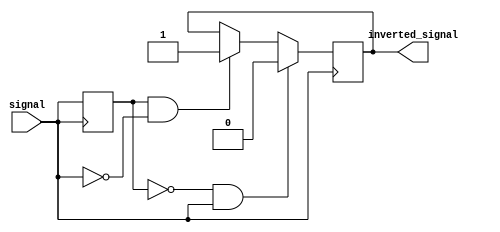
module schmitt_inverter(
    input wire signal,
    output reg inverted_signal
);

reg state;

always @(posedge signal) begin
    if(!state && signal)
        inverted_signal <= 1'b0;
    else if(state && !signal)
        inverted_signal <= 1'b1;
    state <= signal;
end

endmodule